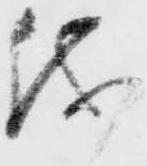
儀